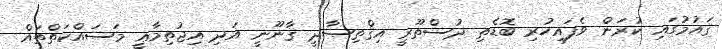
ޤައުމުގައި ކުރަން ވެފައިހުރި ބޮޑެތި ދުސްތޫރީ އިޤްތިޞާދީ ޤާނޫނީ އަދި އިޖުތިމާޢީ މަސައްކަތްތައް